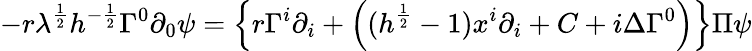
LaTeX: -r\lambda^{\frac{1}{2}}h^{-\frac{1}{2}}\Gamma^{0}\partial_{0}\psi=\left\{ r\Gamma^{i}\partial_{i}+\left((h^{\frac{1}{2}}-1)x^{i}\partial_{i}+C+i\Delta\Gamma^{0}\right)\right\} \Pi\psi